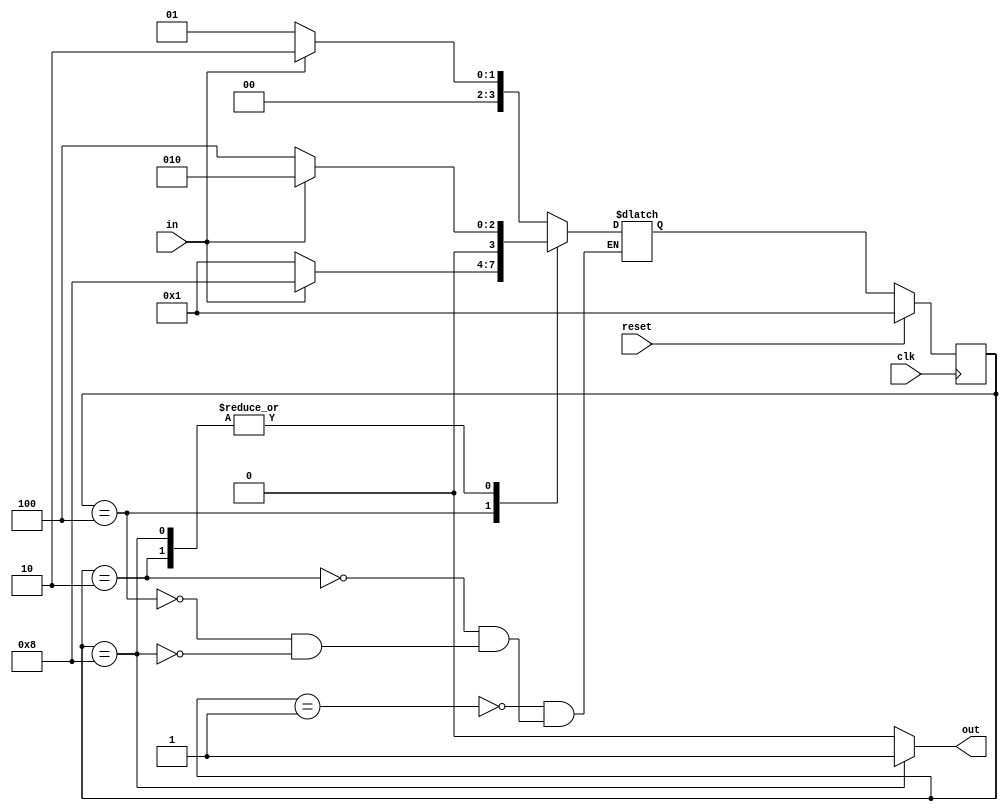
module top_module(
    input clk,
    input in,
    input reset,
    output out); //
    reg [3:0]State;
    reg [3:0]next_state;
    parameter a=4'b0001;
    parameter b=4'b0010;
    parameter c=4'b0100;
    parameter d=4'b1000;
    // State transition logic
    always @(*) begin
        case(State)
        a:next_state=(in==1'b0)?a:b;
        b:next_state=(in==1'b0)?c:b;
        c:next_state=(in==1'b0)?a:d;
        d:next_state=(in==1'b0)?c:b;
        endcase
    end
    // State flip-flops with synchronous reset
    always @(posedge clk ) begin
        if (reset) begin
            State<=a;
        end
        else begin
            State<=next_state;
        end
    end

    // Output logic
    assign out = (State==d)?1'b1:1'b0;

endmodule